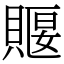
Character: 䞁